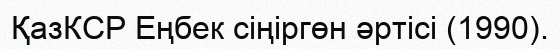
ҚазКСР Еңбек сіңіргөн әртісі (1990).